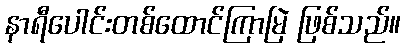
နာရီပေါင်းတစ်ထောင်ကြာမြဲ ဖြစ်သည်။